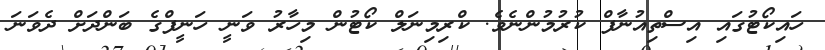
ހައިކޯޓުގައި އިސްތިއުނާފް ކުރުމުންނެވެ. ކްރިމިނަލް ކޯޓުން މިހާރު ވަނީ ހަނީފްގެ ބަންދަށް ދެވަނަ